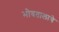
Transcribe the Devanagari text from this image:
भोवतालाचे